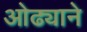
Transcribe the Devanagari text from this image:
ओढ्याने